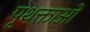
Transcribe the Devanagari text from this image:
पृथक्ताओं